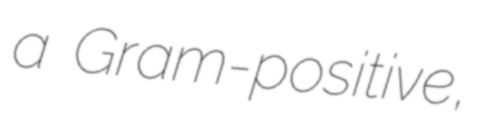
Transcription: a Gram-positive,